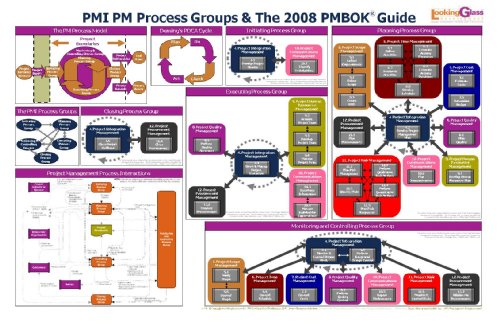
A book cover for PMP Exam Preparation Placemat; Martin C. VanDerSchouw; Test Preparation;